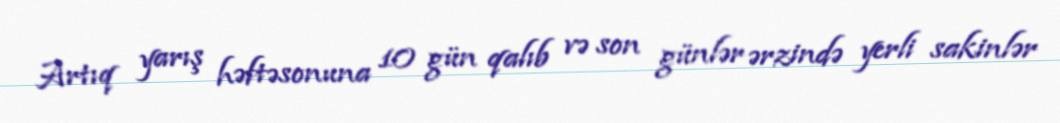
Artıq yarış həftəsonuna 10 gün qalıb və son günlər ərzində yerli sakinlər